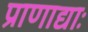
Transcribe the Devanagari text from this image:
प्राणाद्याः